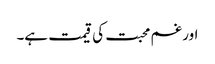
اور غم محبت کی قیمت ہے۔